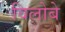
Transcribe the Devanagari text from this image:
विलोबे